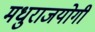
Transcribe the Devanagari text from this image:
मधुराजयोगी